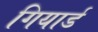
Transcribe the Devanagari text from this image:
गियार्ड